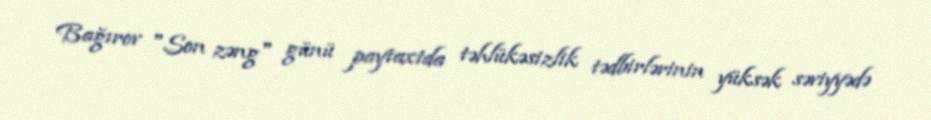
Bağırov "Son zəng" günü paytaxtda təhlükəsizlik tədbirlərinin yüksək səviyyədə